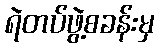
ရဲတပ်ဖွဲ့စခန်းမှ